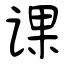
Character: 课